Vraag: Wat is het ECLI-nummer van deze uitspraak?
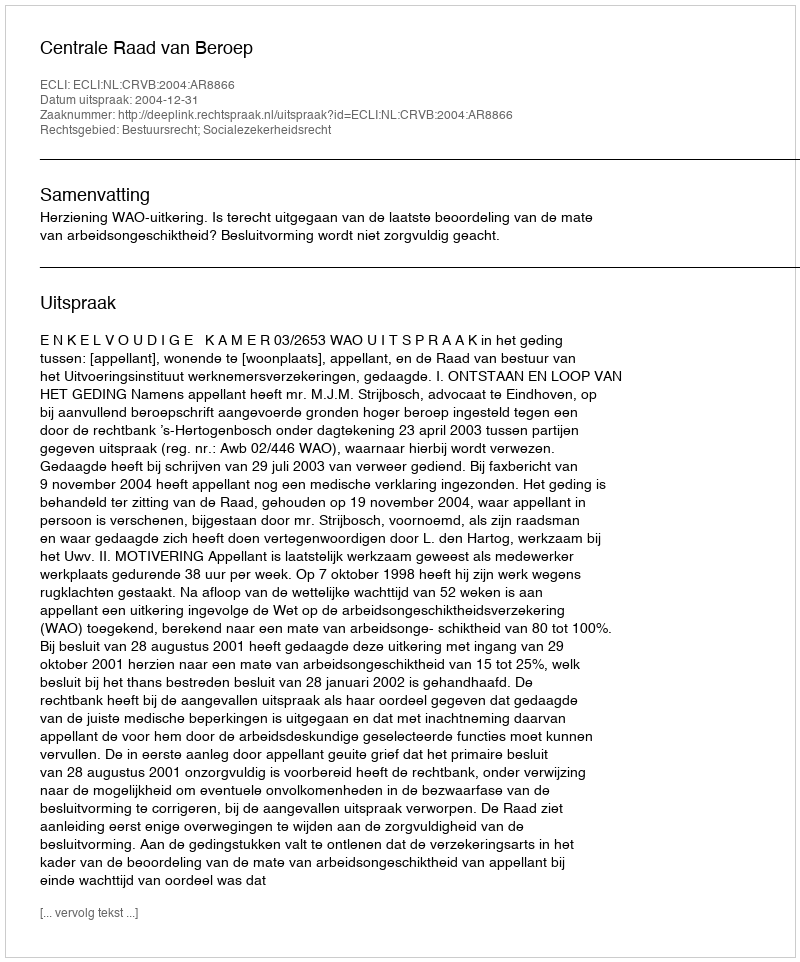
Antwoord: ECLI:NL:CRVB:2004:AR8866